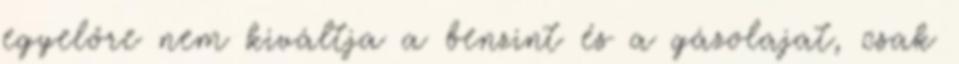
egyelőre nem kiváltja a benzint és a gázolajat, csak